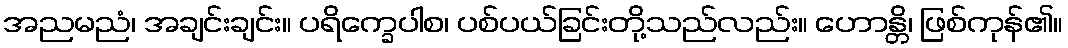
အညမညံ၊ အချင်းချင်း။ ပရိက္ခေပါစ၊ ပစ်ပယ်ခြင်းတို့သည်လည်း။ ဟောန္တိ၊ ဖြစ်ကုန်၏။